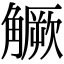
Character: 𧤼